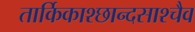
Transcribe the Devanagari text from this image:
तार्किकाश्छान्दसाश्चैव